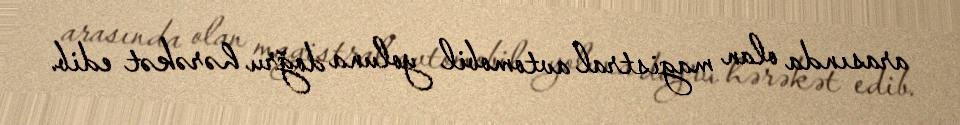
arasında olan magistral avtomobil yoluna doğru hərəkət edib.